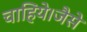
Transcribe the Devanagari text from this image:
चाहिये।जैसे